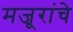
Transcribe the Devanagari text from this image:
मजूरांचे